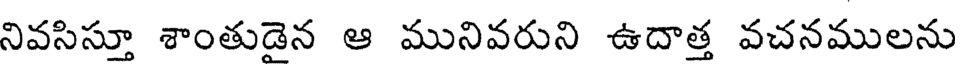
నివసిస్తూ శాంతుడైన ఆ మునివరుని ఉదాత్త వచనములను